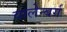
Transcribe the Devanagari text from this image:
वालेन्बर्ग